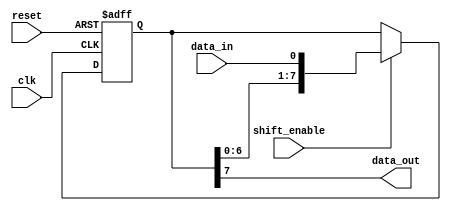
module SISO_shift_register (
    input clk,
    input reset,
    input shift_enable,
    input data_in,
    output reg data_out
);

reg [7:0] shift_reg;

always @ (posedge clk or posedge reset) begin
    if (reset)
        shift_reg <= 8'b00000000;
    else if (shift_enable)
        shift_reg <= {shift_reg[6:0], data_in};
end

assign data_out = shift_reg[7];

endmodule